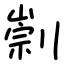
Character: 㓽